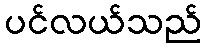
ပင်လယ်သည်